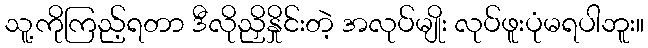
သူ့ကိုကြည့်ရတာ ဒီလိုညှိနှိုင်းတဲ့ အလုပ်မျိုး လုပ်ဖူးပုံမရပါဘူး။